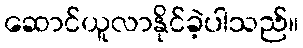
ဆောင်ယူလာနိုင်ခဲ့ပါသည်။